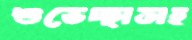
শুভেচ্ছাসহ